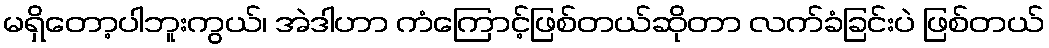
မရှိတော့ပါဘူးကွယ်၊ အဲဒါဟာ ကံကြောင့်ဖြစ်တယ်ဆိုတာ လက်ခံခြင်းပဲ ဖြစ်တယ်